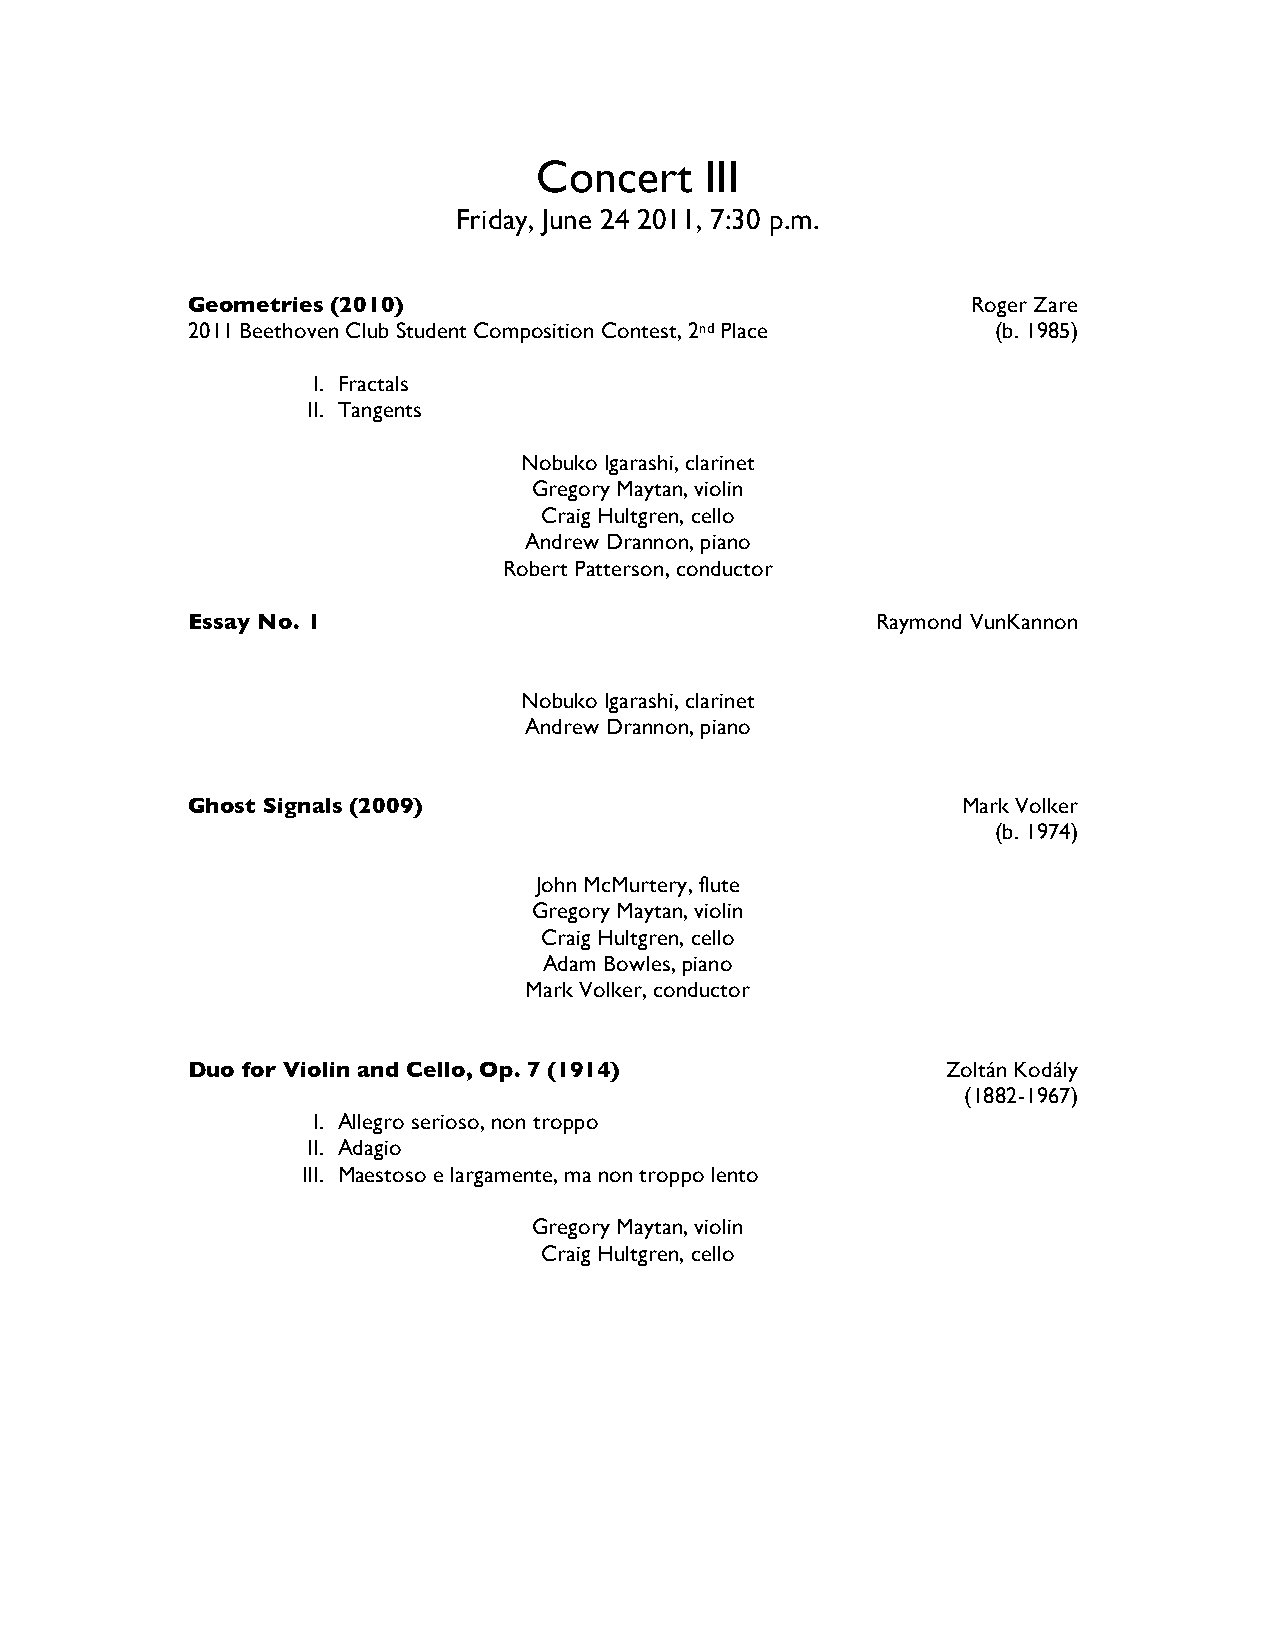
Concert     III
 Friday, June 24 2011, 7:30 p.m.
 Geometries (2010)                                   Roger Zare
 2011 Beethoven Club Student Composition Contest, 2nd Place (b. 1985)
 I. Fractals
 II. Tangents
 Nobuko Igarashi, clarinet
 Gregory Maytan, violin
 Craig Hultgren, cello
 Andrew Drannon, piano
 Robert Patterson, conductor
 Essay No. 1                                   Raymond VunKannon
 Nobuko Igarashi, clarinet
 Andrew Drannon, piano
 Ghost Signals (2009)                                Mark Volker
 (b. 1974)
 John McMurtery, flute
 Gregory Maytan, violin
 Craig Hultgren, cello
 Adam Bowles, piano
 Mark Volker, conductor
 Duo for Violin and Cello, Op. 7 (1914)             Zoltán Kodály
 (1882-1967)
 I. Allegro serioso, non troppo
 II. Adagio
 III. Maestoso e largamente, ma non troppo lento
 Gregory Maytan, violin
 Craig Hultgren, cello